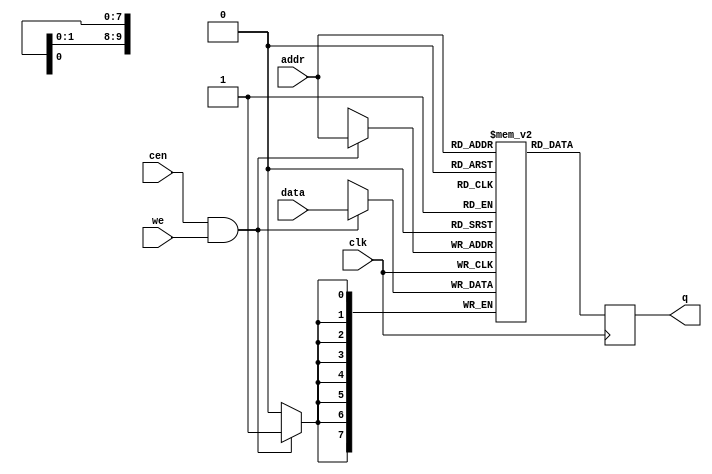
/*  This file is part of JT_GNG.
    JT_GNG program is free software: you can redistribute it and/or modify
    it under the terms of the GNU General Public License as published by
    the Free Software Foundation, either version 3 of the License, or
    (at your option) any later version.

    JT_GNG program is distributed in the hope that it will be useful,
    but WITHOUT ANY WARRANTY; without even the implied warranty of
    MERCHANTABILITY or FITNESS FOR A PARTICULAR PURPOSE.  See the
    GNU General Public License for more details.

    You should have received a copy of the GNU General Public License
    along with JT_GNG.  If not, see <http://www.gnu.org/licenses/>.

    Author: Jose Tejada Gomez. Twitter: @topapate
    Version: 1.0
    Date: 27-10-2017 */

module jtgng_ram #(parameter dw=8, aw=10, simfile="", synfile="",cen_rd=0)(
    input   clk,
    input   cen,
    input   [dw-1:0] data,
    input   [aw-1:0] addr,
    input   we,
    output reg [dw-1:0] q
);

reg [dw-1:0] mem[0:(2**aw)-1];

`ifdef SIMULATION
integer f, readcnt; 
initial 
if( simfile != "" ) begin
    f=$fopen(simfile,"rb");
    if( f != 0 ) begin    
        readcnt=$fread( mem, f );
        $fclose(f);
    end else begin
        $display("WARNING: Cannot open file", simfile);
    end
    end
else begin
    for( readcnt=0; readcnt<(2**aw)-1; readcnt=readcnt+1 )
        mem[readcnt] = {dw{1'b0}};
    end
`else 
// file for synthesis:
initial if(synfile!="" )$readmemh(synfile,mem);
`endif

always @(posedge clk) begin
    if( !cen_rd || cen ) q <= mem[addr];
    if( cen && we) mem[addr] <= data;
end

endmodule // jtgng_ram